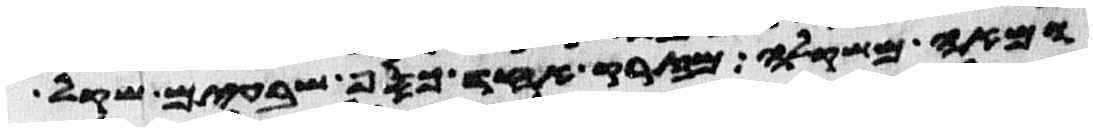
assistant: ומאה משקלה מזרק אחד כסף שבעים שקל